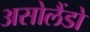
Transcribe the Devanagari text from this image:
असोलैंडो